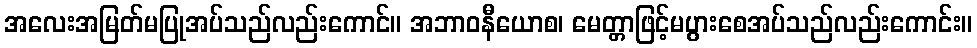
အလေးအမြတ်မပြုအပ်သည်လည်းကောင်။ အဘာဝနီယောစ၊ မေတ္တာဖြင့်မပွားစေအပ်သည်လည်းကောင်း။